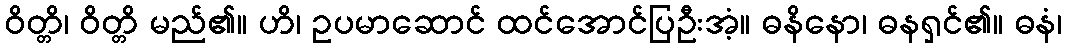
ဝိတ္တိ၊ ဝိတ္တိ မည်၏။ ဟိ၊ ဥပမာဆောင် ထင်အောင်ပြဦးအံ့။ ဓနိနော၊ ဓနရှင်၏။ ဓနံ၊